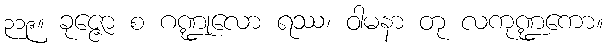
၃၁၉။ ခုဇ္ဇော စ ဂဏ္ဍုလော ရဿ၊ ဝါမနာ တု လကုဏ္ဍကော။